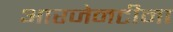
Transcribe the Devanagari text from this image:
आरजेनटीना